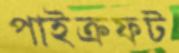
পাইক্রফট